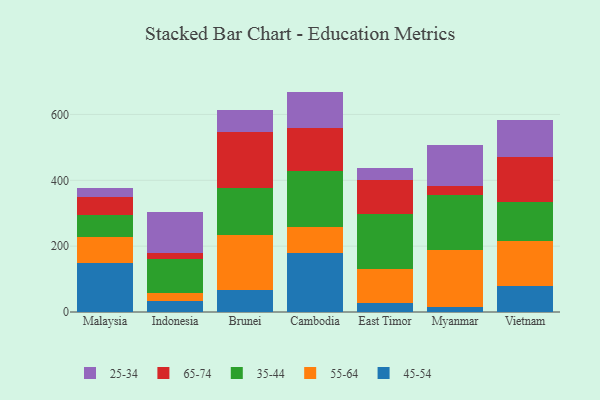
{"axis": {"x": "Country", "y": "Net Income (USD K)"}, "legend": ["25-34", "35-44", "45-54", "55-64", "65-74"], "data": [{"x": "Malaysia", "y": 148.8, "type": "45-54"}, {"x": "Malaysia", "y": 79.3, "type": "55-64"}, {"x": "Malaysia", "y": 66.8, "type": "35-44"}, {"x": "Malaysia", "y": 54.8, "type": "65-74"}, {"x": "Malaysia", "y": 27.6, "type": "25-34"}, {"x": "Indonesia", "y": 34.6, "type": "45-54"}, {"x": "Indonesia", "y": 24.5, "type": "55-64"}, {"x": "Indonesia", "y": 102.0, "type": "35-44"}, {"x": "Indonesia", "y": 18.0, "type": "65-74"}, {"x": "Indonesia", "y": 125.2, "type": "25-34"}, {"x": "Brunei", "y": 67.6, "type": "45-54"}, {"x": "Brunei", "y": 165.7, "type": "55-64"}, {"x": "Brunei", "y": 143.2, "type": "35-44"}, {"x": "Brunei", "y": 168.7, "type": "65-74"}, {"x": "Brunei", "y": 69.0, "type": "25-34"}, {"x": "Cambodia", "y": 179.8, "type": "45-54"}, {"x": "Cambodia", "y": 79.7, "type": "55-64"}, {"x": "Cambodia", "y": 169.9, "type": "35-44"}, {"x": "Cambodia", "y": 130.0, "type": "65-74"}, {"x": "Cambodia", "y": 110.0, "type": "25-34"}, {"x": "East Timor", "y": 27.0, "type": "45-54"}, {"x": "East Timor", "y": 104.3, "type": "55-64"}, {"x": "East Timor", "y": 166.7, "type": "35-44"}, {"x": "East Timor", "y": 103.1, "type": "65-74"}, {"x": "East Timor", "y": 36.8, "type": "25-34"}, {"x": "Myanmar", "y": 13.9, "type": "45-54"}, {"x": "Myanmar", "y": 173.1, "type": "55-64"}, {"x": "Myanmar", "y": 169.1, "type": "35-44"}, {"x": "Myanmar", "y": 27.9, "type": "65-74"}, {"x": "Myanmar", "y": 122.9, "type": "25-34"}, {"x": "Vietnam", "y": 80.0, "type": "45-54"}, {"x": "Vietnam", "y": 134.4, "type": "55-64"}, {"x": "Vietnam", "y": 120.4, "type": "35-44"}, {"x": "Vietnam", "y": 135.6, "type": "65-74"}, {"x": "Vietnam", "y": 113.4, "type": "25-34"}]}